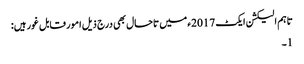
تاہم الیکشن ایکٹ 2017ء میں تاحال بھی درج ذیل امور قابل غور ہیں:
1۔